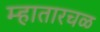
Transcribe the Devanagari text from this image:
म्हातारचळ